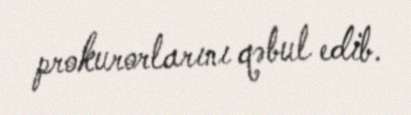
prokurorlarını qəbul edib.